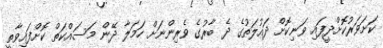
ކަށަވަރުކޮށްދީފައި ވަނިކޮށް ދައުލަތުގެ ދެ ބާރުގެ ވެރިންނަށް ހަމަލާ ދޭން މަސައްކަތް ކޮށްފައިވާތީ